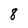
Character: 8